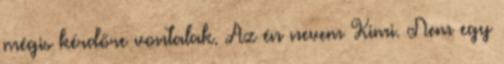
mégis kérdőre vontalak. Az én nevem Kimi. Nem egy